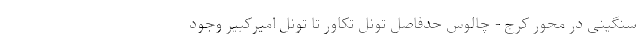
سنگینی در محور کرج - چالوس حدفاصل تونل تکاور تا تونل امیرکبیر وجود